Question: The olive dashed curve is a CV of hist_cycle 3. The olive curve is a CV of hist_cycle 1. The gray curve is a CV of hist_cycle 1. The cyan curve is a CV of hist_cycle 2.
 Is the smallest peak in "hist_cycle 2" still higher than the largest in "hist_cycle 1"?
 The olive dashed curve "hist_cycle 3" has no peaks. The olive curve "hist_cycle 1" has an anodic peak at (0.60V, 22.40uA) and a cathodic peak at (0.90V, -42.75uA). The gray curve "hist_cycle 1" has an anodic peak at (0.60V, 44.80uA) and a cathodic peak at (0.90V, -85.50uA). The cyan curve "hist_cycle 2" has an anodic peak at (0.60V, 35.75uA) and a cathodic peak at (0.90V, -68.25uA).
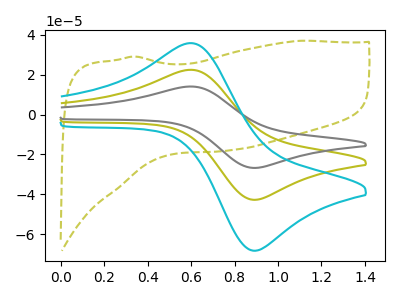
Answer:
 <answer>Every peak in "hist_cycle 2" is higher than every peak in "hist_cycle 1".</answer>
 <eval>higher</eval>